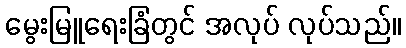
မွေးမြူရေးခြံတွင် အလုပ် လုပ်သည်။